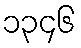
၁၃၄၆